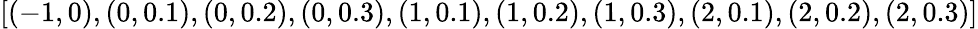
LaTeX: [(-1,0),(0,0.1),(0,0.2),(0,0.3),(1,0.1),(1,0.2),(1,0.3),(2,0.1),(2,0.2),(2,0.3)]